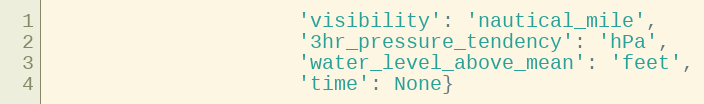
Language: Python
                     'visibility': 'nautical_mile',
                     '3hr_pressure_tendency': 'hPa',
                     'water_level_above_mean': 'feet',
                     'time': None}